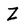
Character: Z